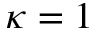
\kappa = 1